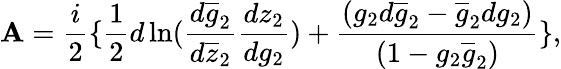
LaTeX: \mathbf{A}=\frac{{i}}{{2}}\{ \frac{{1}}{{2}}d\ln(\frac{{d\overline{{{{g}}}}_{2}}}{{d\overline{{{{z}}}}_{2}}}\frac{{dz_{2}}}{{dg_{2}}})+\frac{{(g_{2}d\overline{{{{g}}}}_{2}-\overline{{{{g}}}}_{2}dg_{2})}}{{(1-g_{2}\overline{{{{g}}}}_{2})}}\} ,